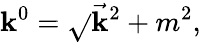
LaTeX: \mathbf{k}^{0}=\sqrt{}{{\vec{{\mathbf{k}}}^{2}+m^{2}}},